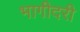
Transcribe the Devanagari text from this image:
भागीदरी